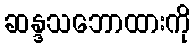
ဆန္ဒသဘောထားကို